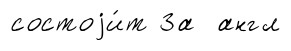
состоjи́т За англ